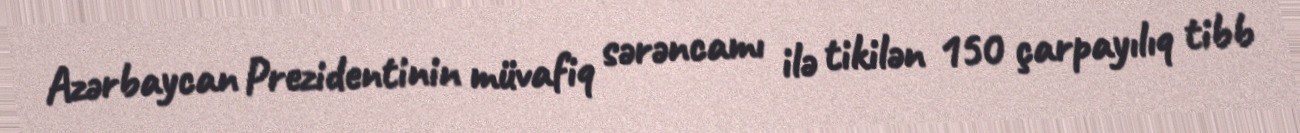
Azərbaycan Prezidentinin müvafiq sərəncamı ilə tikilən 150 çarpayılıq tibb